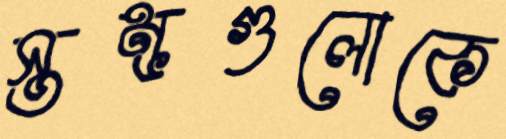
স্তম্ভগুলোকে